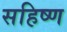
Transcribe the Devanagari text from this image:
सहिष्ण